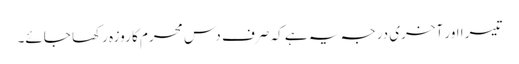
تیسرا اور آخری درجہ یہ ہے کہ صرف دس محرم کا روزہ رکھا جائے۔